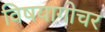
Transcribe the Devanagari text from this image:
विषयागोचर